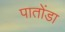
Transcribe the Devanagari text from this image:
पातोंडा